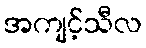
အကျင့်သီလ